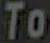
To